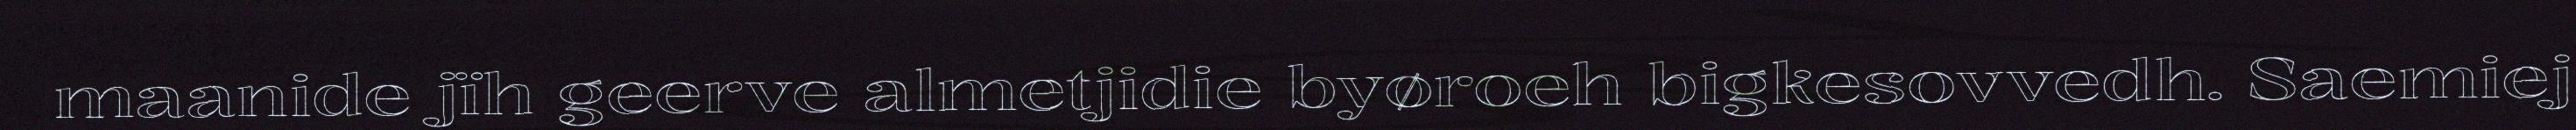
maanide jïh geerve almetjidie byøroeh bigkesovvedh. Saemiej